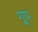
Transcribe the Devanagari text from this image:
गु्प